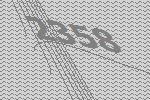
2358